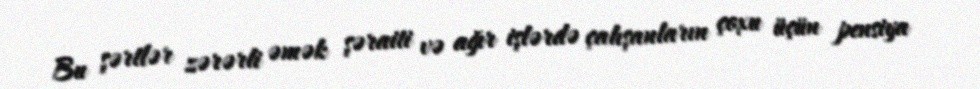
Bu şərtlər zərərli əmək şəraiti və ağır işlərdə çalışanların çoxu üçün pensiya